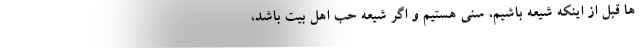
ها قبل از اینکه شیعه باشیم، سنی هستیم و اگر شیعه حب اهل بیت باشد،